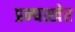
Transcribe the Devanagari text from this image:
प्रन्घत्खेर